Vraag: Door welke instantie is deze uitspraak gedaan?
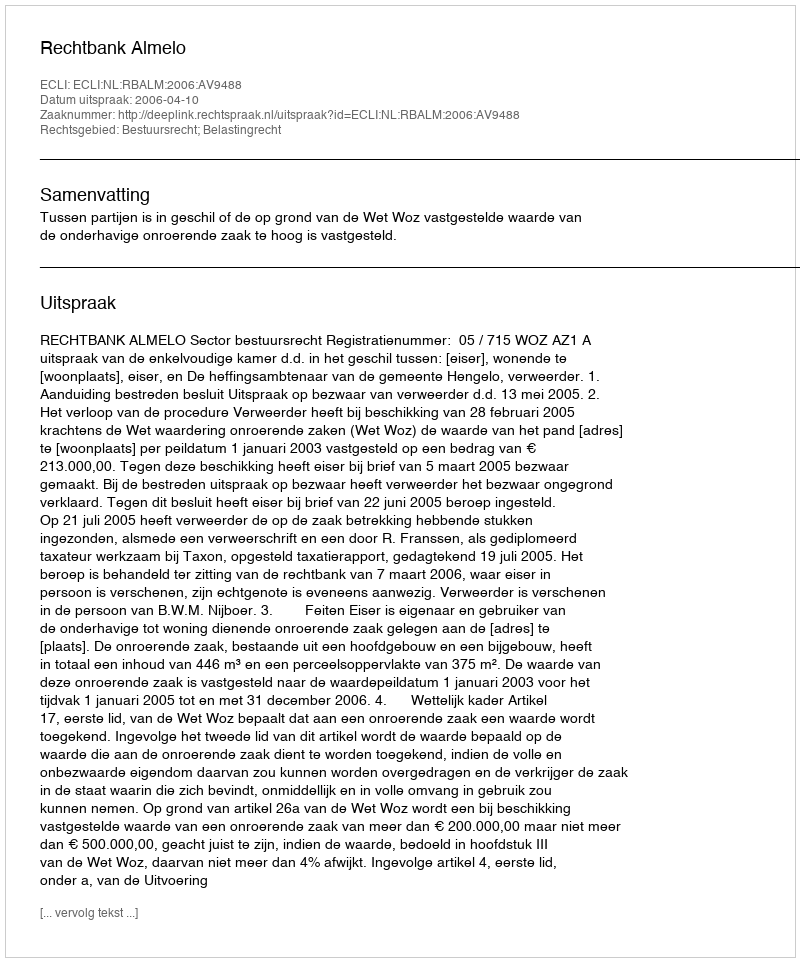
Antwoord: Rechtbank Almelo